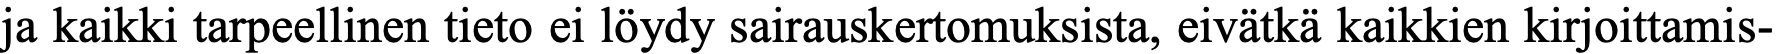
ja kaikki tarpeellinen tieto ei löydy sairauskertomuksista, eivätkä kaikkien kirjoittamis-